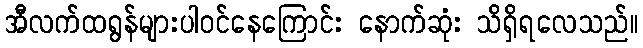
အီလက်ထရွန်များပါဝင်နေကြောင်း နောက်ဆုံး သိရှိရလေသည်။